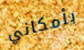
بأمكاني